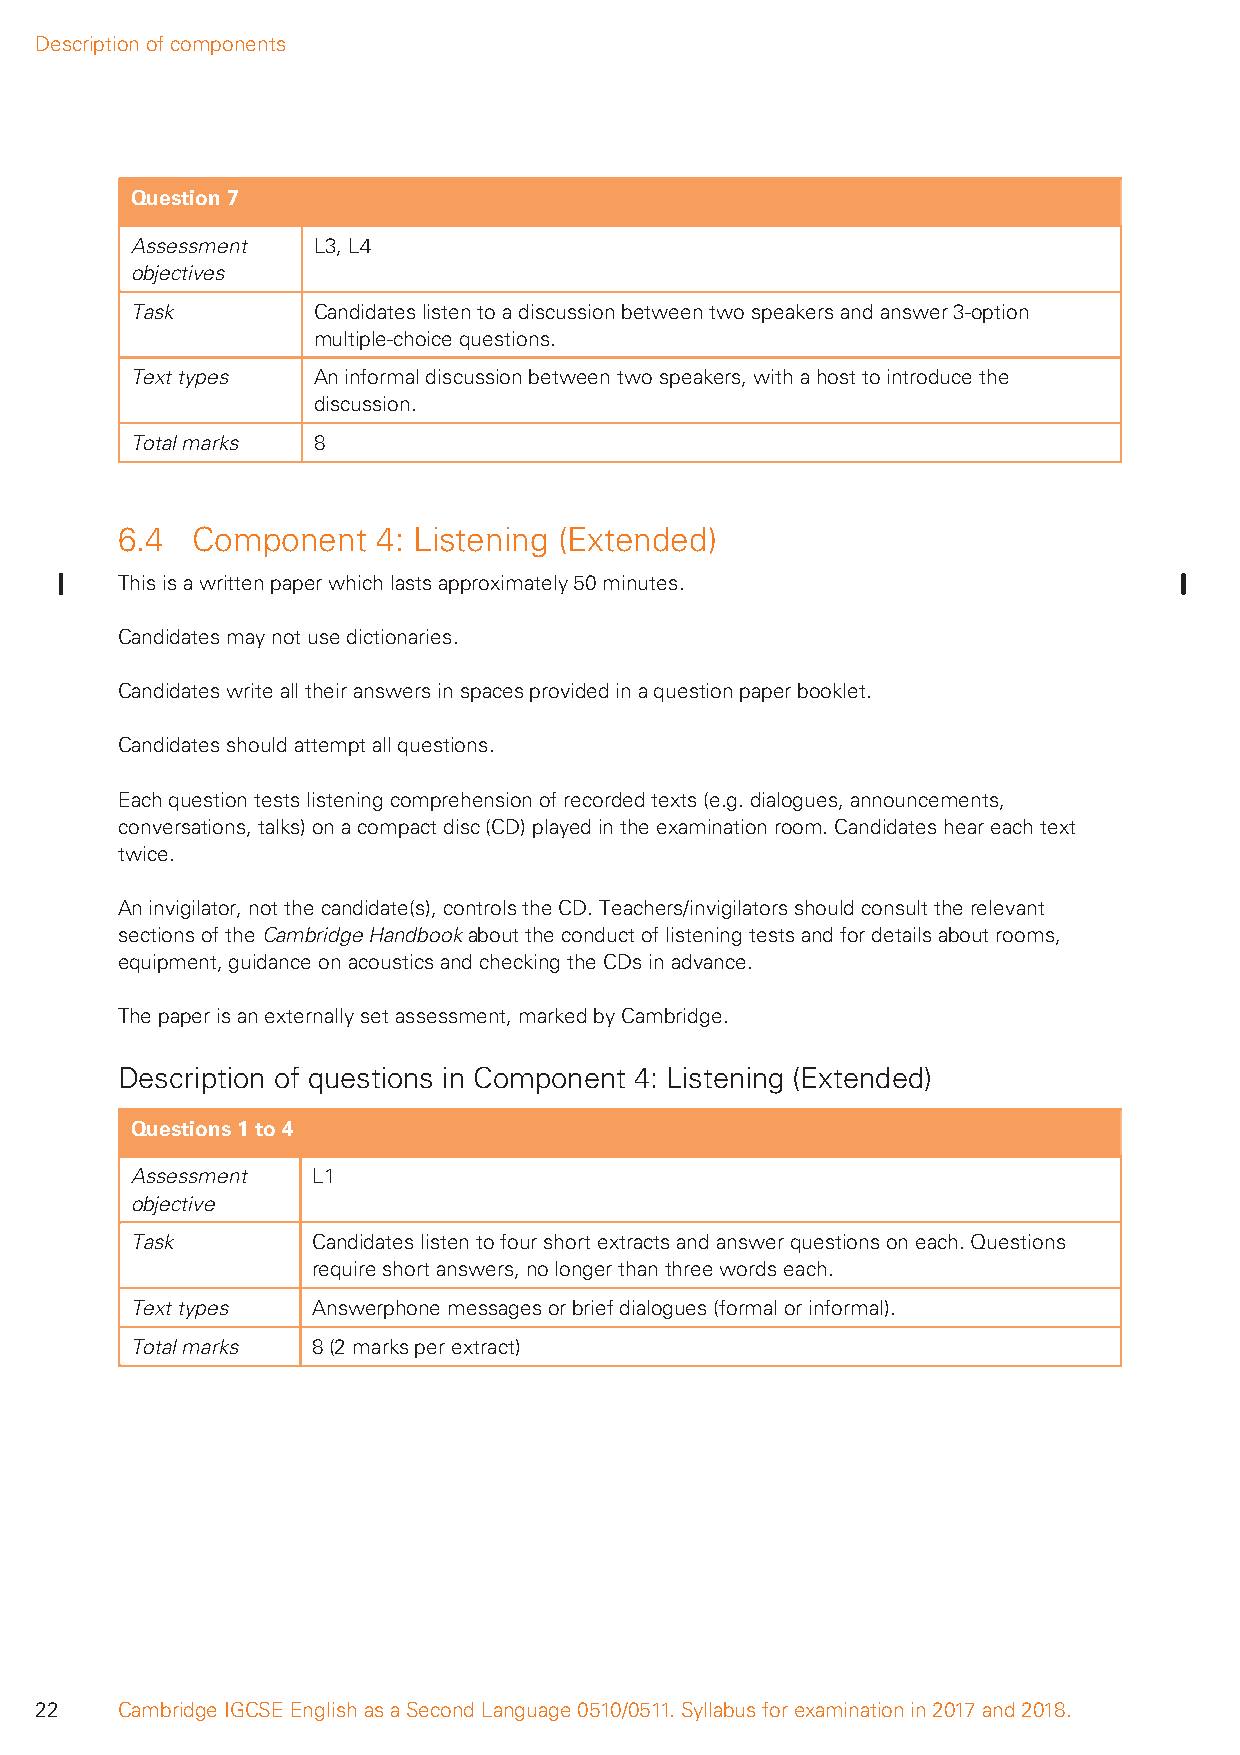
Description of components
 Question 7
 Assessment  L3, L4
 objectives
 Task        Candidates listen to a discussion between two speakers and answer 3-option
 multiple-choice questions.
 Text types  An informal discussion between two speakers, with a host to introduce the
 discussion.
 Total marks 8
 6.4  Component   4: Listening (Extended)
 This is a written paper which lasts approximately 50 minutes.
 Candidates may not use dictionaries.
 Candidates write all their answers in spaces provided in a question paper booklet.
 Candidates should attempt all questions.
 Each question tests listening comprehension of recorded texts (e.g. dialogues, announcements,
 conversations, talks) on a compact disc (CD) played in the examination room. Candidates hear each text
 twice.
 An invigilator, not the candidate(s), controls the CD. Teachers/invigilators should consult the relevant
 sections of the Cambridge Handbook about the conduct of listening tests and for details about rooms,
 equipment, guidance on acoustics and checking the CDs in advance.
 The paper is an externally set assessment, marked by Cambridge.
 Description of questions in Component 4: Listening (Extended)
 Questions 1 to 4
 Assessment  L1
 objective
 Task        Candidates listen to four short extracts and answer questions on each. Questions
 require short answers, no longer than three words each.
 Text types  Answerphone messages or brief dialogues (formal or informal).
 Total marks 8 (2 marks per extract)
 22    Cambridge IGCSE English as a Second Language 0510/0511. Syllabus for examination in 2017 and 2018.